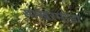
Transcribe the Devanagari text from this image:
साखरमांडा